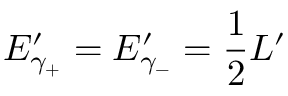
E _ { \gamma _ { + } } ^ { \prime } = E _ { \gamma _ { - } } ^ { \prime } = { \frac { 1 } { 2 } } L ^ { \prime }